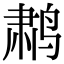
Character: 鹔